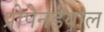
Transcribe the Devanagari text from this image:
प्रोपेनडयाल